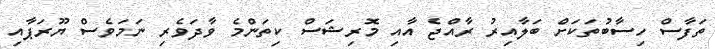
ތަފާސް ހިސާބުތަކަށް ބަލާއިރު ރާއްޖެ އާއި މޮރިޝަސް ކިތަންމެ ވާދަވެރި ނަމަވެސް ޔޫރަޕާއި